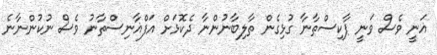
ޣަނީ ވެސް ވަނީ ޕާކިސްތާނާ ގުޅިގެން ތާލިބާނުންނާ ދެކޮޅަށް އަފްޣާނިސްތާނު ވެސް ނުކުންނާނެ